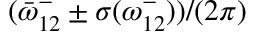
( \bar { \omega } _ { 1 2 } ^ { - } \pm \sigma ( { \omega _ { 1 2 } ^ { - } } ) ) / ( 2 \pi )